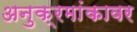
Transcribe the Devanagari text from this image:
अनुक्रमांकावर